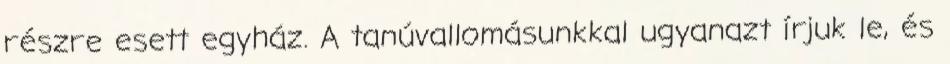
részre esett egyház. A tanúvallomásunkkal ugyanazt írjuk le, és